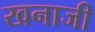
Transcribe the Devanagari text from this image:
खनाजी